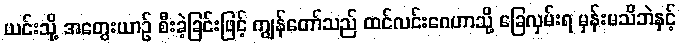
ယင်းသို့ အတွေးယာဉ် စီးခဲ့ခြင်းဖြင့် ကျွန်တော်သည် ထင်လင်းဂေဟာသို့ ခြေလှမ်းရ မှန်းမသိဘဲနှင့်